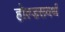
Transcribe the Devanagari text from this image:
होल्डसवर्थ